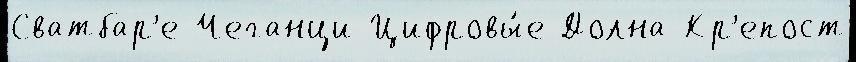
Сватбар'е Чеганци Цифровы́е Долна-Кр'епост